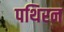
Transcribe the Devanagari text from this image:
पथिरन